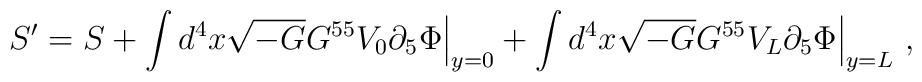
S'=S+\int d^{4}x\sqrt{-G}G^{55}V_{0}\partial_{5}\Phi\Bigr|_{y=0}+\int d^{4}x\sqrt{-G}G^{55}V_{L}\partial_{5}\Phi\Bigr|_{y=L}\ ,